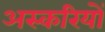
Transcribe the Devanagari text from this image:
अस्करियों